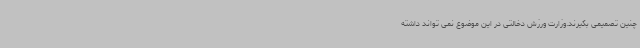
چنین تصمیمی بگیرند.وزارت ورزش دخالتی در این موضوع نمی تواند داشته